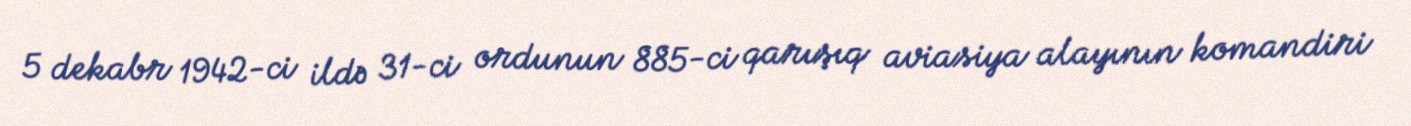
5 dekabr 1942-ci ildə 31-ci ordunun 885-ci qarışıq aviasiya alayının komandiri